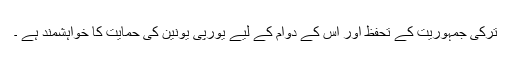
ترکی جمہوریت کے تحفظ اور اس کے دوام کے لیے یورپی یونین کی حمایت کا خواہشمند ہے ۔